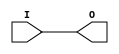
module IBUF_HSTL_II_18 (O, I);

    output O;

    input  I;

	buf B1 (O, I);


endmodule